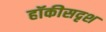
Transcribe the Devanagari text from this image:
हॉकीसदृश